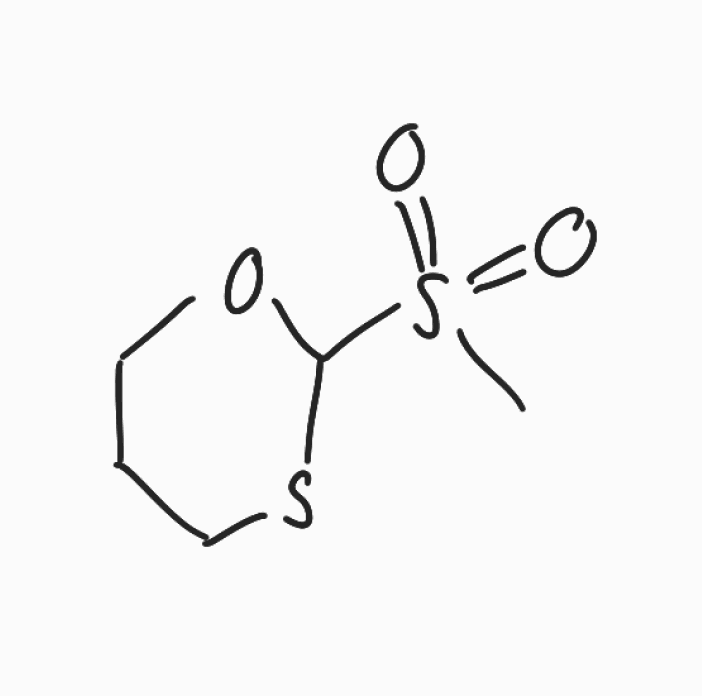
Simplified molecular-input line-entry system (SMILES) notation of the given molecule:
CS(=O)(=O)C1OCCCS1